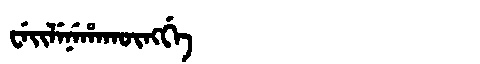
Manchu: ᠸᡝᡳᠯᡝᠨᡝᡥᠠᡴᡡᠩᡤᡝ
Romanization: WEILENEHAKŪNGGE